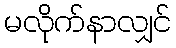
မလိုက်နာလျှင်